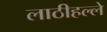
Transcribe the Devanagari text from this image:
लाठीहल्ले